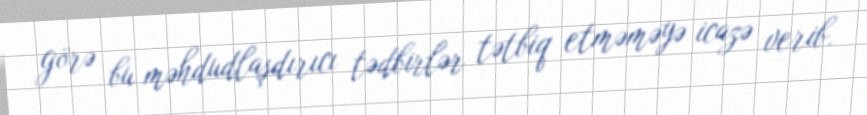
görə bu məhdudlaşdırıcı tədbirlər tətbiq etməməyə icazə verib.